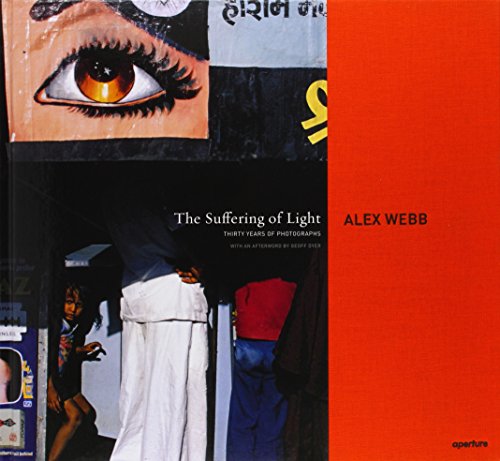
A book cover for Alex Webb: The Suffering of Light; Geoff Dyer; Arts & Photography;